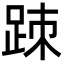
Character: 䟱